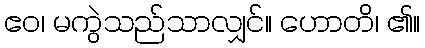
ဧဝ၊ မကွဲသည်သာလျှင်။ ဟောတိ၊ ၏။